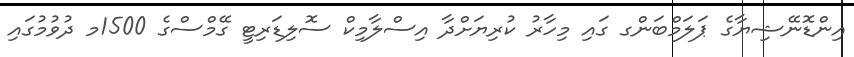
އިންޑޮނޭޝިޔާގެ ޕަލަމްބަންގ ގައި މިހާރު ކުރިޔަށްދާ އިސްލާމިކް ސޮލިޑަރިޓީ ގޭމްސްގެ 1500މ ދުވުމުގައި